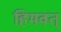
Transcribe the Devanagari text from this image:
हिमवत्